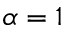
\alpha = 1